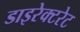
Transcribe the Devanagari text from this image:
डाइरेक्टरेट